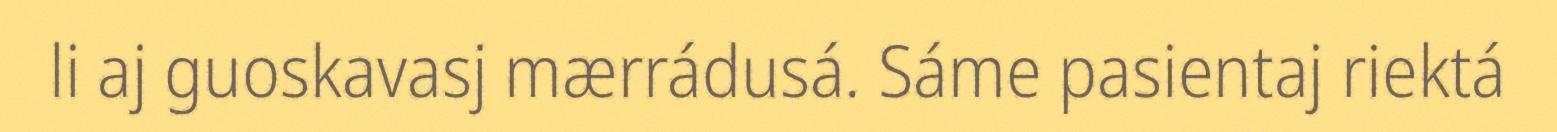
li aj guoskavasj mærrádusá. Sáme pasientaj riektá